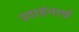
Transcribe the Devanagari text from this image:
उदाहंनार्थ